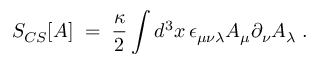
S _ { C S } [ A ] \; = \; \frac { \kappa } { 2 } \int d ^ { 3 } x \, \epsilon _ { \mu \nu \lambda } A _ { \mu } \partial _ { \nu } A _ { \lambda } \; .